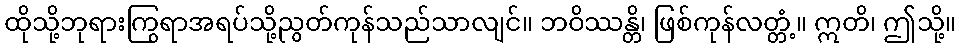
ထိုသို့ဘုရားကြွရာအရပ်သို့ညွတ်ကုန်သည်သာလျင်။ ဘဝိဿန္တိ၊ ဖြစ်ကုန်လတ္တံ့။ ဣတိ၊ ဤသို့။